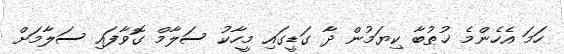
ހަމަ އެހެންމެ ޚުޠުބާ ކިޔަމުން ދާ ގަޑީގައި މީހާކު ސަލާމް ގޮވާފައި ސަލާމަށް